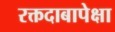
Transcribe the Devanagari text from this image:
रक्तदाबापेक्षा